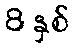
8 နှစ်